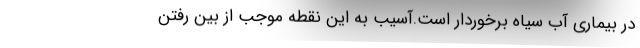
در بیماری آب سیاه برخوردار است.آسیب به این نقطه موجب از بین رفتن